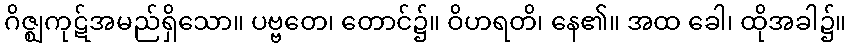
ဂိဇ္ဈကုဋ်အမည်ရှိသော။ ပဗ္ဗတေ၊ တောင်၌။ ဝိဟရတိ၊ နေ၏။ အထ ခေါ၊ ထိုအခါ၌။